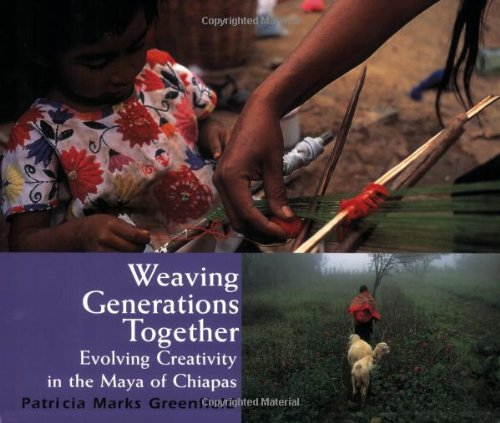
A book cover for Weaving Generations Together: Evolving Creativity in the Maya of Chiapas (Resident Scholar); Patricia Marks Greenfield; History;